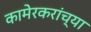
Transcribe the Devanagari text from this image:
कामेरकरांच्या